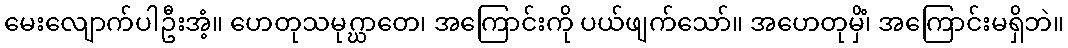
မေးလျောက်ပါဦးအံ့။ ဟေတုသမုဂ္ဃာတေ၊ အကြောင်းကို ပယ်ဖျက်သော်။ အဟေတုမှိံ၊ အကြောင်းမရှိဘဲ။